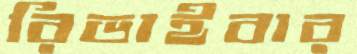
রিভাইবার